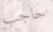
حاجب